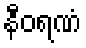
နီဝရဏံ